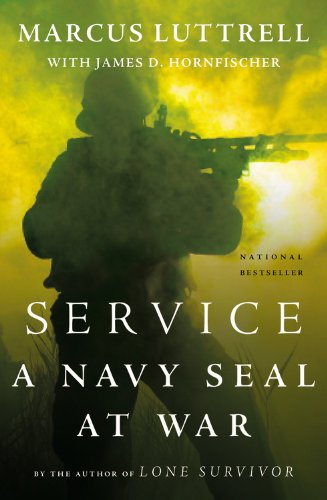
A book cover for Service: A Navy SEAL at War; Marcus Luttrell; Comics & Graphic Novels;